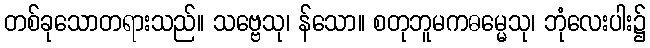
တစ်ခုသောတရားသည်။ သဗ္ဗေသု၊ န်သော။ စတုဘူမကဓမ္မေသု၊ ဘုံလေးပါး၌